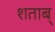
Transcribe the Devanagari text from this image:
शताब्